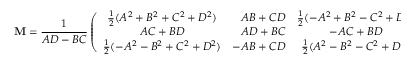
{ \bf M } = \frac { 1 } { A D - B C } \left( \begin{array} { c r c } { { \frac { 1 } { 2 } ( { A ^ { 2 } } + { B ^ { 2 } } + { C ^ { 2 } } + { D ^ { 2 } } ) } } & { { A B + C D } } & { { \frac { 1 } { 2 } ( - { A ^ { 2 } } + { B ^ { 2 } } - { C ^ { 2 } } + { D ^ { 2 } } ) } } \\ { { A C + B D } } & { { A D + B C } } & { { - A C + B D } } \\ { { \frac { 1 } { 2 } ( - { A ^ { 2 } } - { B ^ { 2 } } + { C ^ { 2 } } + { D ^ { 2 } } ) } } & { { - A B + C D } } & { { \frac { 1 } { 2 } ( { A ^ { 2 } } - { B ^ { 2 } } - { C ^ { 2 } } + { D ^ { 2 } } ) } } \end{array} \right) \, \, \, .